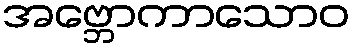
အဗ္ဘောကာသောဝ